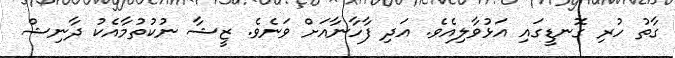
ގާތު ހުރި ގޮނޑީގައި އަޅުވާލިއެވެ. އަދި ފާހާނާއަށް ވަނެވެ. ޒީޝާ ނުކުތުމާއެކު ދާނިޝް